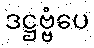
ဒဋ္ဌဗ္ဗံပေ